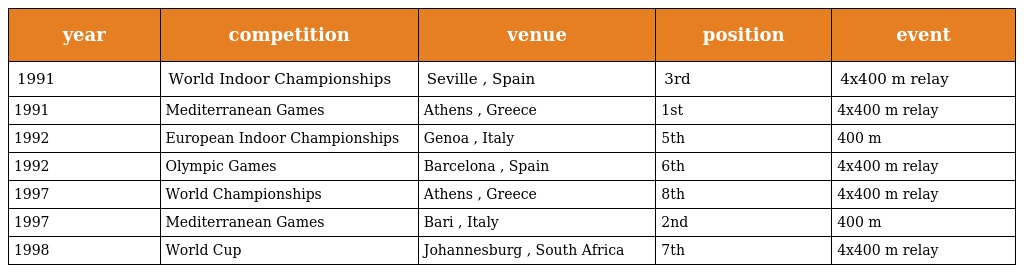
| year | competition | venue | position | event |
 | --- | --- | --- | --- | --- |
 | 1991 | World Indoor Championships | Seville , Spain | 3rd | 4x400 m relay |
 | 1991 | Mediterranean Games | Athens , Greece | 1st | 4x400 m relay |
 | 1992 | European Indoor Championships | Genoa , Italy | 5th | 400 m |
 | 1992 | Olympic Games | Barcelona , Spain | 6th | 4x400 m relay |
 | 1997 | World Championships | Athens , Greece | 8th | 4x400 m relay |
 | 1997 | Mediterranean Games | Bari , Italy | 2nd | 400 m |
 | 1998 | World Cup | Johannesburg , South Africa | 7th | 4x400 m relay |